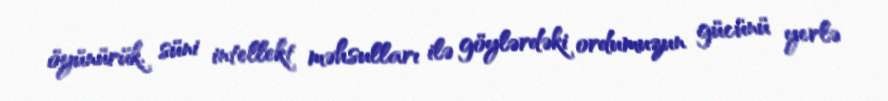
öyünürük, süni intellekt məhsulları ilə göylərdəki ordumuzun gücünü yerlə